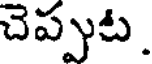
చెప్పుట.